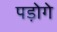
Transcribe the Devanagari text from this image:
पड़ोगे